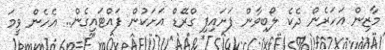
މާޒިން އަހަރެން ދެކެ ލޯބިވާން ފަށައިފި ގްރޭޑް އަށަކުން ފައްޓައިގެން.. އެހެން ވީމަ